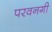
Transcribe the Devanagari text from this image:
परवनगी